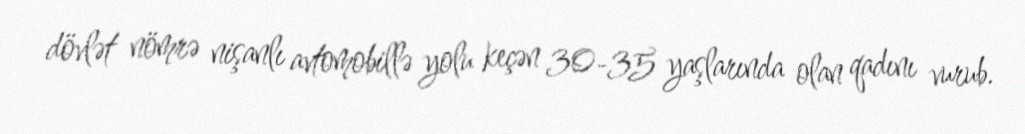
dövlət nömrə nişanlı avtomobillə yolu keçən 30-35 yaşlarında olan qadını vurub.